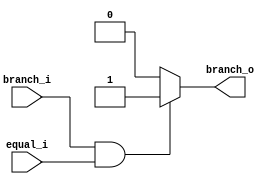
module AND
(
    branch_i,
    equal_i,
    branch_o
);

input   branch_i, equal_i;
output  branch_o;

reg     branch_o;


initial begin
    branch_o = 1'b0;
end

always@(branch_i, equal_i) begin
    if (branch_i && equal_i) begin
        branch_o = 1'b1;
    end
    else begin
        branch_o = 1'b0;
    end
end

endmodule